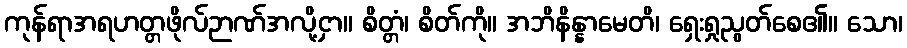
ကုန်ရာအရဟတ္တဖိုလ်ဉာဏ်အလို့ငှာ။ စိတ္တံ၊ စိတ်ကို။ အဘိနိန္နာမေတိ၊ ရှေးရှုညွတ်စေ၏။ သော၊